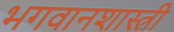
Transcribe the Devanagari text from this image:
भगवानशास्त्री